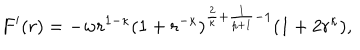
F ^ { \prime } ( r ) = - w r ^ { 1 - \kappa } ( 1 + r ^ { - \kappa } ) ^ { \frac { 2 } { \kappa } + \frac { 1 } { p + 1 } - 1 } ( 1 + 2 r ^ { \kappa } ) ,